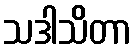
သဒါသိတာ